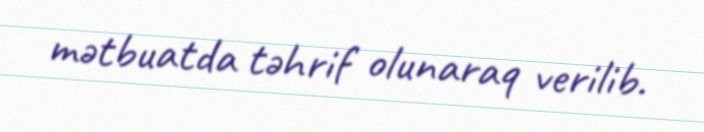
mətbuatda təhrif olunaraq verilib.